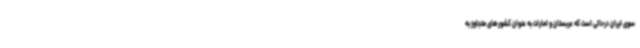
سوی ایران درحالی است که عربستان و امارات به عنوان کشورهای متجاوز به